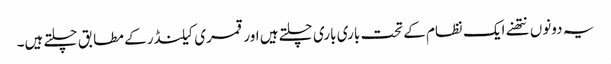
یہ دونوں نتھنے ایک نظام کے تحت باری باری چلتے ہیں اور قمری کیلنڈر کے مطابق چلتے ہیں۔